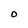
Character: O